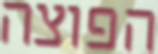
הפוצה